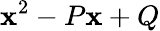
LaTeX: \mathbf{x}^{2}-P\mathbf{x}+Q